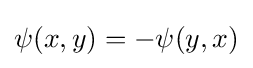
\psi (x,y)=-\psi (y,x)